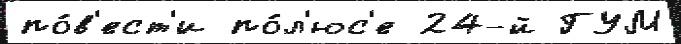
по́в'ест'и по́л'юс'е 24-й ГУМ